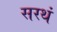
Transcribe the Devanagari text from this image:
सरथं